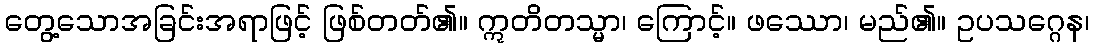
တွေ့သောအခြင်းအရာဖြင့် ဖြစ်တတ်၏။ ဣတိတသ္မာ၊ ကြောင့်။ ဖဿော၊ မည်၏။ ဥပသဂ္ဂေန၊